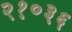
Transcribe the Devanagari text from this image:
२१०३६